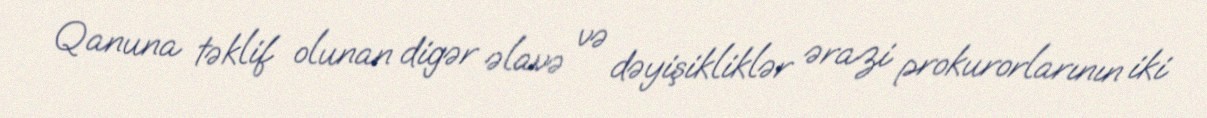
Qanuna təklif olunan digər əlavə və dəyişikliklər ərazi prokurorlarının iki